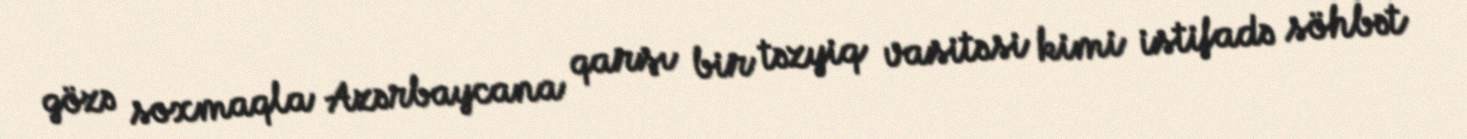
gözə soxmaqla Azərbaycana qarşı bir təzyiq vasitəsi kimi istifadə söhbət